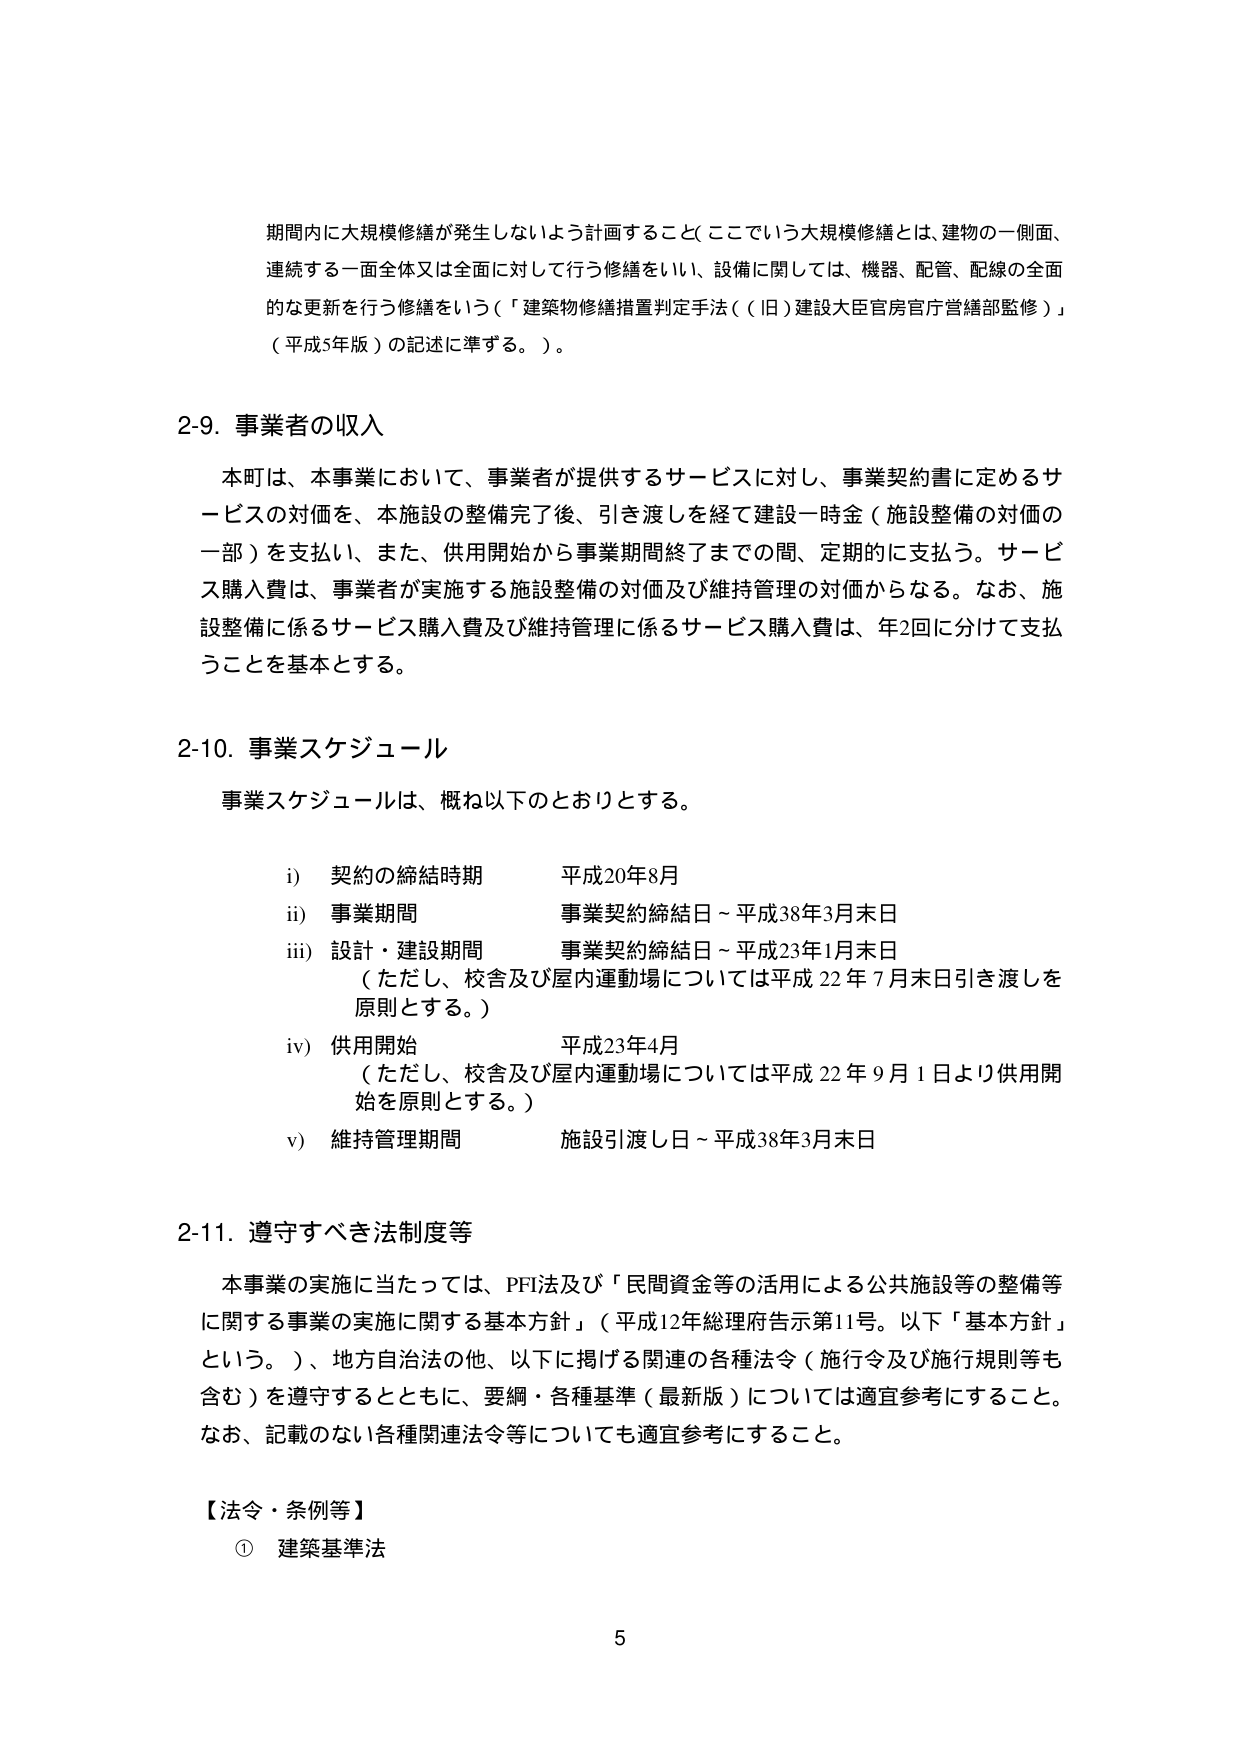
期間内に大規模修繕が発生しないよう計画すること（ここでいう大規模修繕とは、建物の一側面、
連続する一面全体又は全面に対して行う修繕をいい、設備に関しては、機器、配管、配線の全面
的な更新を行う修繕をいう（「建築物修繕措置判定手法（（旧）建設大臣官房官庁営繕部監修）」
（平成5年版）の記述に準ずる。）。

2-9. 事業者の収入
本町は、本事業において、事業者が提供するサービスに対し、事業契約書に定めるサ
ービスの対価を、本施設の整備完了後、引き渡しを経て建設一時金（施設整備の対価の
一部）を支払い、また、供用開始から事業期間終了までの間、定期的に支払う。サービ
ス購入費は、事業者が実施する施設整備の対価及び維持管理の対価からなる。なお、施
設整備に係るサービス購入費及び維持管理に係るサービス購入費は、年2回に分けて支払
うことを基本とする。

2-10. 事業スケジュール
事業スケジュールは、概ね以下のとおりとする。

i) 契約の締結時期 平成20年8月
ii) 事業期間 事業契約締結日～平成38年3月末日
iii) 設計・建設期間 事業契約締結日～平成23年1月末日
（ただし、校舎及び屋内運動場については平成22年7月末日引き渡しを
原則とする。）
iv) 供用開始 平成23年4月
（ただし、校舎及び屋内運動場については平成22年9月1日より供用開
始を原則とする。）
v) 維持管理期間 施設引渡し日～平成38年3月末日

2-11. 遵守すべき法制度等
本事業の実施に当たっては、PFI法及び「民間資金等の活用による公共施設等の整備等
に関する事業の実施に関する基本方針」（平成12年総理府告示第11号。以下「基本方針」
という。）、地方自治法の他、以下に掲げる関連の各種法令（施行令及び施行規則等も
含む）を遵守するとともに、要綱・各種基準（最新版）については適宜参考にすること。
なお、記載のない各種関連法令等についても適宜参考にすること。

【法令・条例等】
① 建築基準法

5